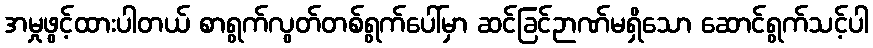
အမှုဖွင့်ထားပါတယ် စာရွက်လွတ်တစ်ရွက်ပေါ်မှာ ဆင်ခြင်ဉာဏ်မရှိသော ဆောင်ရွက်သင့်ပါ